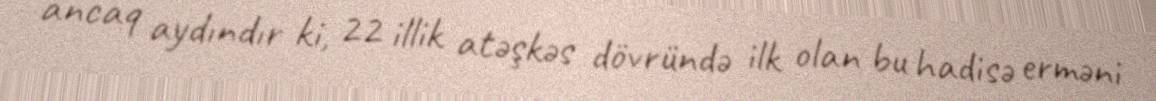
ancaq aydındır ki, 22 illik atəşkəs dövründə ilk olan bu hadisə erməni